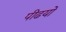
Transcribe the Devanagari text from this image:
पीढयों